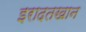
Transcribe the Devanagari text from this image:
इरादतखान